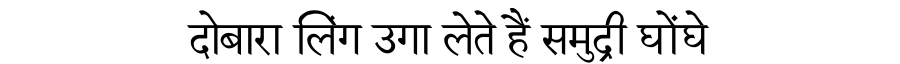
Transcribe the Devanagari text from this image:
दोबारा लिंग उगा लेते हैं समुद्री घोंघे